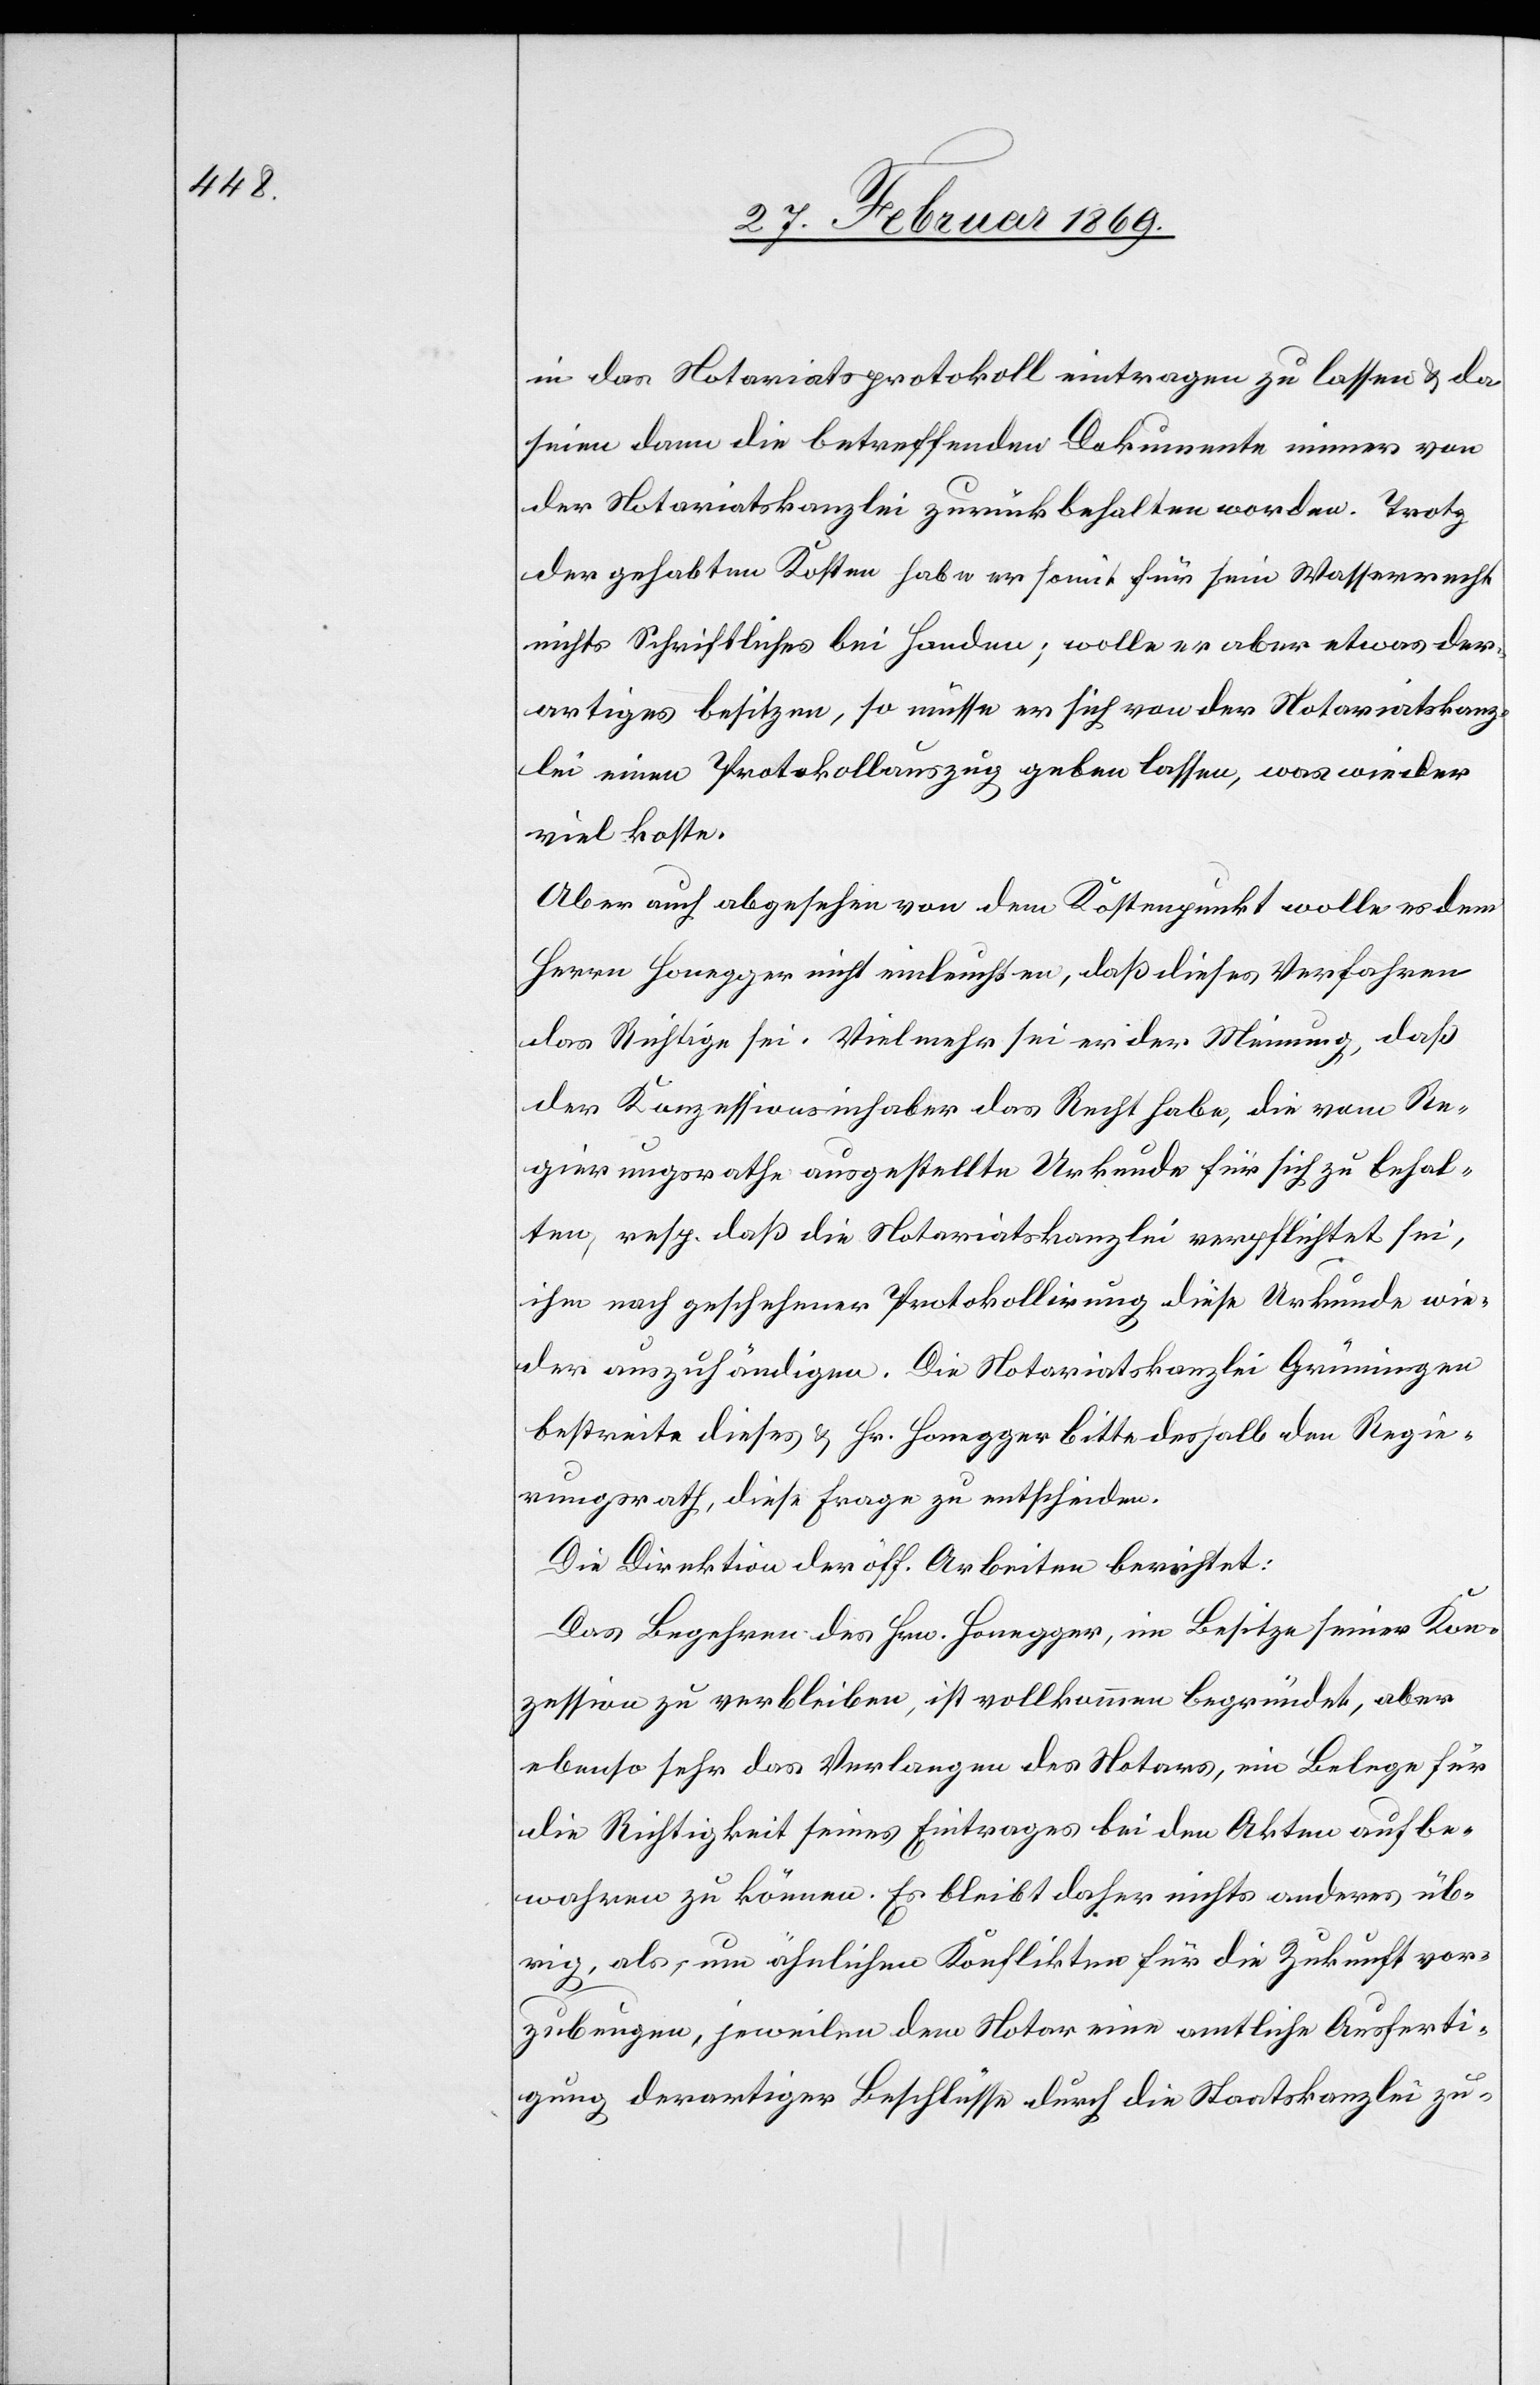
in das Notariatsprotokoll eintragen zu lassen & da
seien dann die betreffenden Dokumente immer von
der Notariatskanzlei zurückbehalten worden. Trotz
der gehabten Kosten habe er somit für sein Wasserrecht
nichts Schriftliches bei Handen; wolle er aber etwas der¬
artiges besitzen, so müsse er sich von der Notariatskanz¬
lei einen Protokollsauszug geben lassen, was wieder
viel koste.
Aber auch abgesehen von dem Kostenpunkt wolle es dem
Herrn Honegger nicht einleuchten, daß dieses Verfahren
das Richtige sei. Vielmehr sei er in der Meinung, daß
der Konzessionsinhaber das Recht habe, die vom Re¬
gierungsrathe ausgestellte Urkunde für sich zu behal¬
ten resp. daß die Notariatskanzlei verpflichtet sei,
ihm nach geschehener Protokollirung diese Urkunde wie¬
der auszuhändigen. Die Notariatskanzlei Grüningen
bestreite dieses & Hr. Honegger bitte deshalb den Regie¬
rungsrath, diese Frage zu entscheiden.
Die Direktion der öff. Arbeiten berichtet:
Das Begehren des Hrn. Honegger, im Besitze seiner Kon¬
zession zu verbleiben, ist vollkommen begründet, aber
ebenso sehr das Verlangen des Notars, ein Belege für
die Richtigkeit seines Eintrages bei den Akten aufbe¬
wahren zu können. Es bleibt daher nichts anderes üb¬
rig, als, um ähnlichen Konflikten für die Zukunft vor¬
zubeugen, jeweilen dem Notar eine amtliche Ausferti¬
gung derartiger Beschlüsse durch die Staatskanzlei zu-